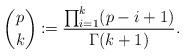
LaTeX: \begin{align*} \binom{p}{k}\coloneqq\frac{\prod_{i=1}^k(p-i+1)}{\Gamma(k+1)}.\end{align*}